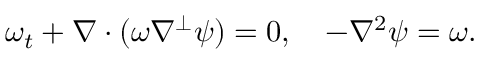
\omega _ { t } + \nabla \cdot ( \omega \nabla ^ { \perp } \psi ) = 0 , \quad - \nabla ^ { 2 } \psi = \omega .